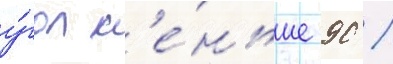
у́гол м'е́ньше 90 /